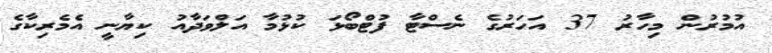
އުމުރުން މިހާރު 37 އަހަރުގެ ނެސްޓާ ފުޓްބޯޅަ ކުޅުމާ އަލްވަދާއު ކިޔާނީ އެމެރިކާގެ